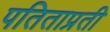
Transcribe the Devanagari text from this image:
पतिताप्रती